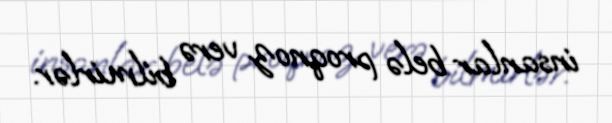
insanlar belə proqnoz verə bilmirlər.